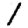
Digit: 1